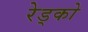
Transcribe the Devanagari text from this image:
रेड्को